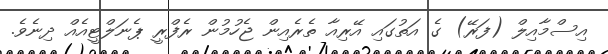
އިސްމާއިލް (ފަރޭ) ގެ އަތުގައި އޭރިއާ ތެރެއިން ޖެހުމުން ރެފްރީ ޕެނަލްޓީއެއް ދިނެވެ.